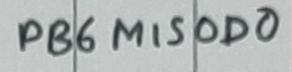
Text: PB6 MISOD0